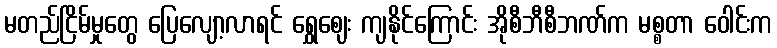
မတည်ငြိမ်မှုတွေ ပြေလျော့လာရင် ရွှေဈေး ကျနိုင်ကြောင်း အိုစီဘီစီဘဏ်က မစ္စတာ ဝေါင်းက